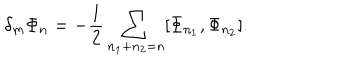
\delta _ { m } \Phi _ { n } = - \frac { 1 } { 2 } \sum _ { n _ { 1 } + n _ { 2 } = n } [ \Phi _ { n _ { 1 } } , \Phi _ { n _ { 2 } } ] .